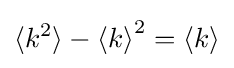
{\langle k^{2}\rangle }-{\langle k\rangle }^{2}={\langle k\rangle }